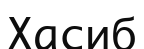
Хасиб